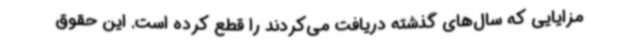
مزایایی که سال‌های گذشته دریافت می‌کردند را قطع کرده است. این حقوق